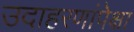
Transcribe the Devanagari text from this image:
उदाहरणांपेक्षा